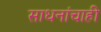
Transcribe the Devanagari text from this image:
साधनांचाही